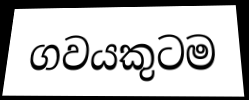
ගවයකුටම